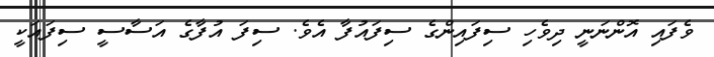
ވެފައި އޮންނަނީ ދިވެހި ސިފައިންގެ ސިފައުފާ އެވެ. ސިފަ އުފާގެ އަސާސީ ސިފައަކީ